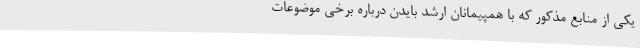
یکی از منابع مذکور که با همپیمانان ارشد بایدن درباره برخی موضوعات